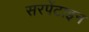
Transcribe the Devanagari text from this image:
सरपेंटाइन